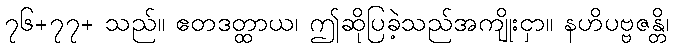
၇၆+၇၇+ သည်။ ဧတဒတ္ထာယ၊ ဤဆိုပြခဲ့သည်အကျိုးငှာ။ နဟိပဗ္ဗဇန္တိ၊